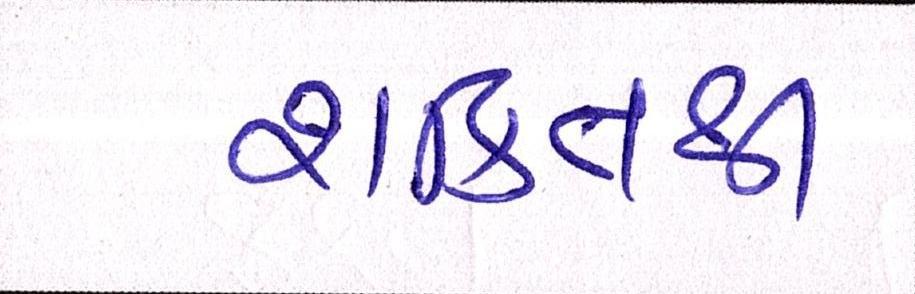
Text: શક્તિથી